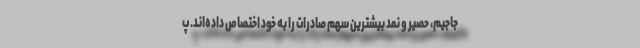
جاجیم، حصیر و نمد بیشترین سهم صادرات را به خود اختصاص داده‌اند. پ